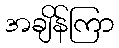
အချိန်ကြာ